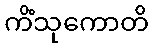
ကိံသုကောတိ